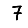
Digit: 7